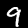
Label: 9